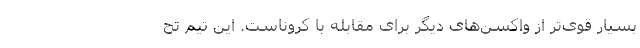
بسیار قوی‌تر از واکسن‌های دیگر برای مقابله با کروناست. این تیم تح